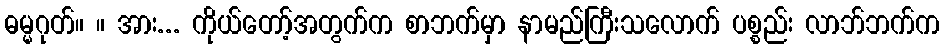
ဓမ္မဂုတ်။ ။ အား... ကိုယ်တော့်အတွက်က စာဘက်မှာ နာမည်ကြီးသလောက် ပစ္စည်း လာဘ်ဘက်က